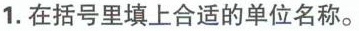
1.在括号里填上合适的单位名称。